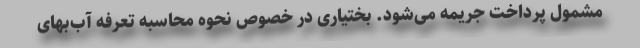
مشمول پرداخت جریمه می‌شود. بختیاری در خصوص نحوه محاسبه تعرفه آب‌بهای